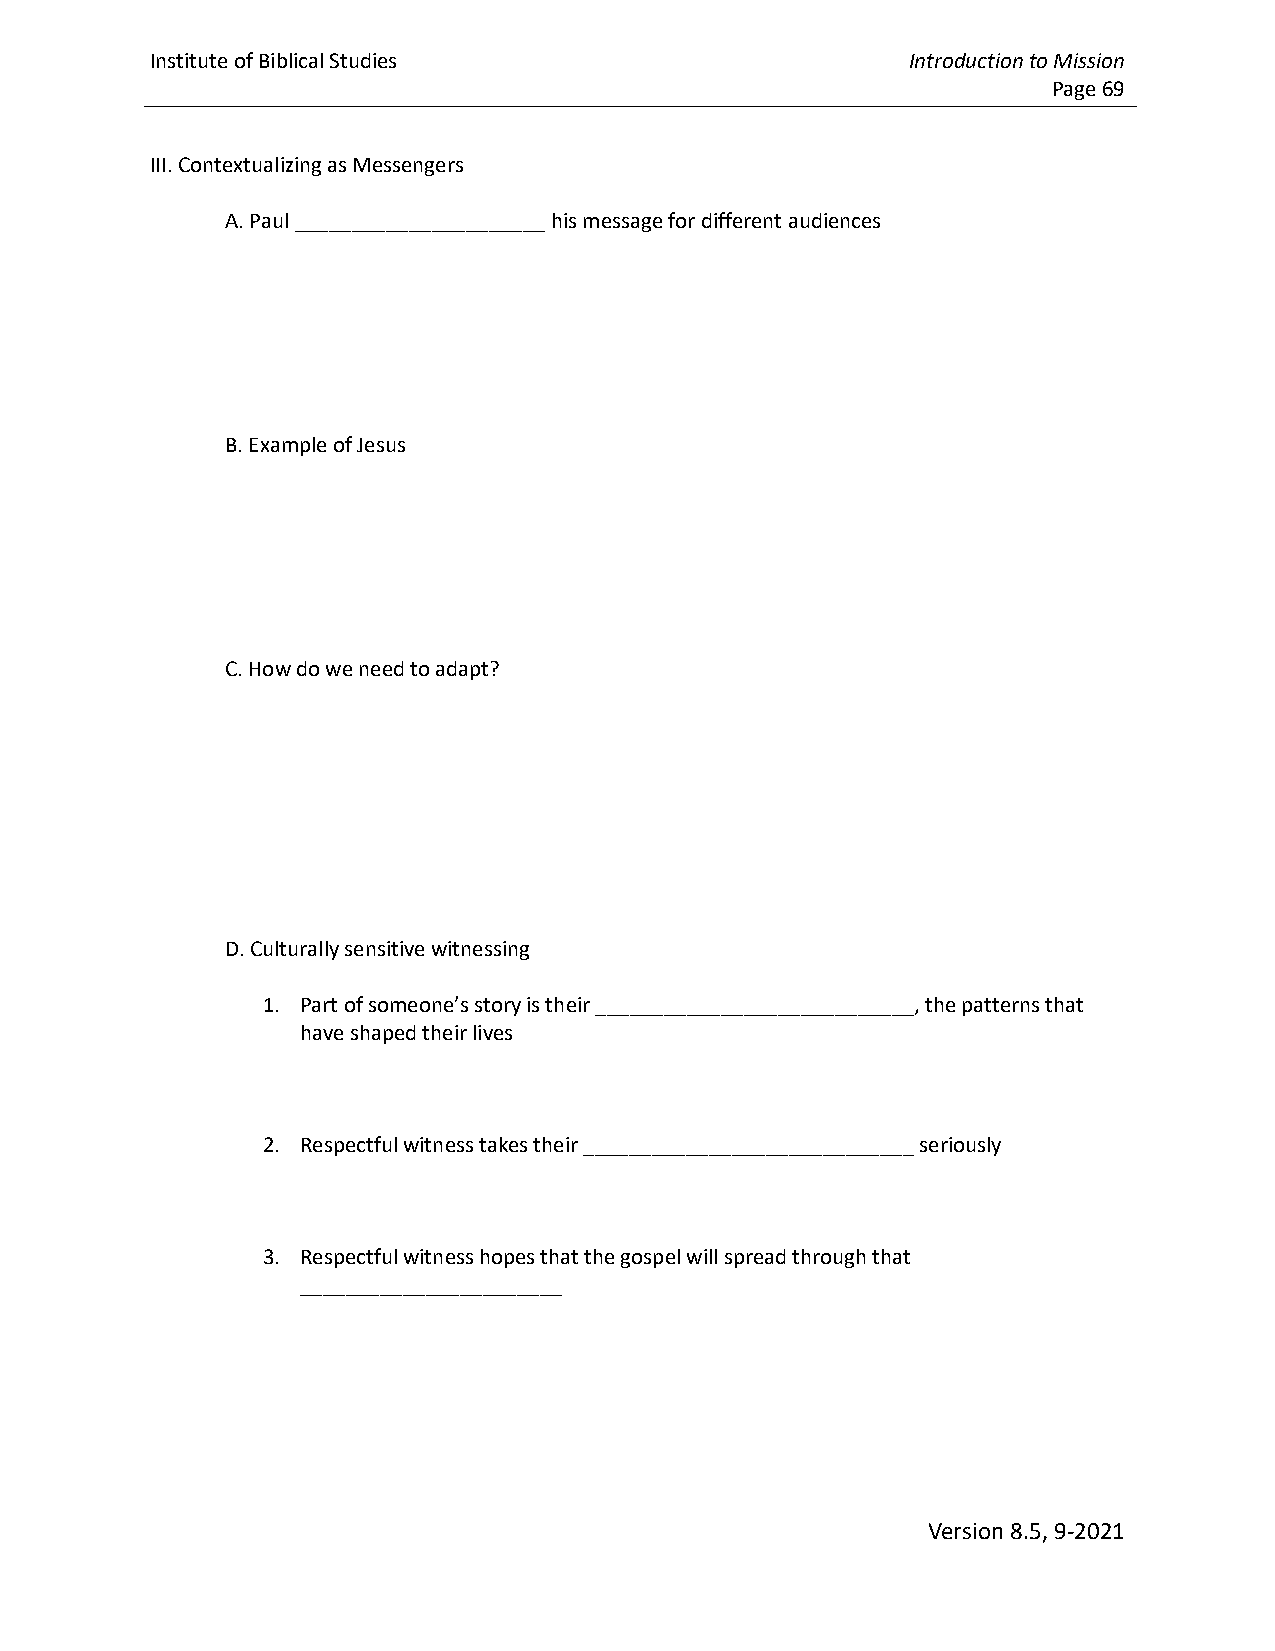
Institute of Biblical Studies                     Introduction to Mission
 Page 69
 III. Contextualizing as Messengers
 A. Paul ______________________ his message for different audiences
 B. Example of Jesus
 C. How do we need to adapt?
 D. Culturally sensitive witnessing
 1. Part of someone’s story is their ____________________________, the patterns that
 have shaped their lives
 2. Respectful witness takes their _____________________________ seriously
 3. Respectful witness hopes that the gospel will spread through that
 _______________________
 Version 8.5, 9-2021